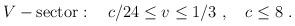
LaTeX: \begin{align*} V-{\rm sector}:{}~{}~{}~c/24\leq v\leq1/3{}~,{}~{}~{}~c\leq8{}~.\end{align*}